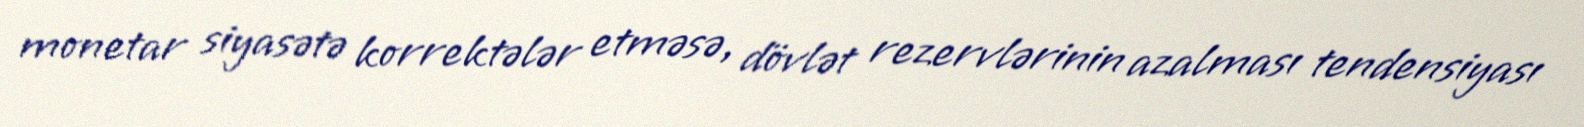
monetar siyasətə korrektələr etməsə, dövlət rezervlərinin azalması tendensiyası